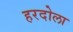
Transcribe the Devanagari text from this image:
हरदोला